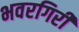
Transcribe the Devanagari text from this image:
भवरगिरी